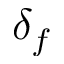
\delta _ { f }